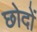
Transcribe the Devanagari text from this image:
छोदों